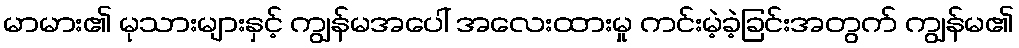
မာမား၏ မုသားများနှင့် ကျွန်မအပေါ် အလေးထားမှု ကင်းမဲ့ခဲ့ခြင်းအတွက် ကျွန်မ၏